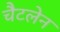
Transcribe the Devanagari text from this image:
चैटलेन